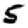
Digit: 5